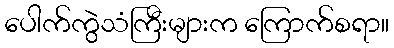
ပေါက်ကွဲသံကြီးများက ကြောက်စရာ။